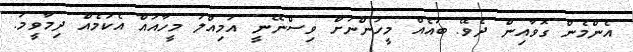
އެންމެން ގޮވާއިން ދެވޭ. ބައެއް މީހުންނަށް ވިސްނޭނީ އަމިއްލަ މީހާއައް އެކަމެއް ދިމާވީމަ.